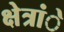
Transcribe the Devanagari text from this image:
क्षेत्रांे